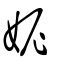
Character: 妮